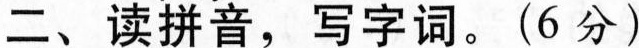
二、读拼音，字词。(6分)